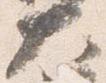
大